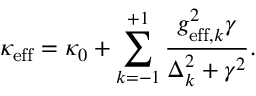
\kappa _ { \mathrm { e f f } } = \kappa _ { 0 } + \sum _ { k = - 1 } ^ { + 1 } \frac { g _ { \mathrm { e f f } , k } ^ { 2 } \gamma } { \Delta _ { k } ^ { 2 } + \gamma ^ { 2 } } .